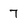
Character: 7